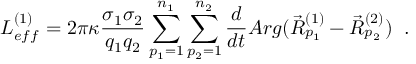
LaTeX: L _ { e f f } ^ { ( 1 ) } = 2 \pi \kappa \frac { \sigma _ { 1 } \sigma _ { 2 } } { q _ { 1 } q _ { 2 } } \sum _ { p _ { 1 } = 1 } ^ { n _ { 1 } } \sum _ { p _ { 2 } = 1 } ^ { n _ { 2 } } \frac { d } { d t } A r g ( \vec { R } _ { p _ { 1 } } ^ { ( 1 ) } - \vec { R } _ { p _ { 2 } } ^ { ( 2 ) } ) \; \; .